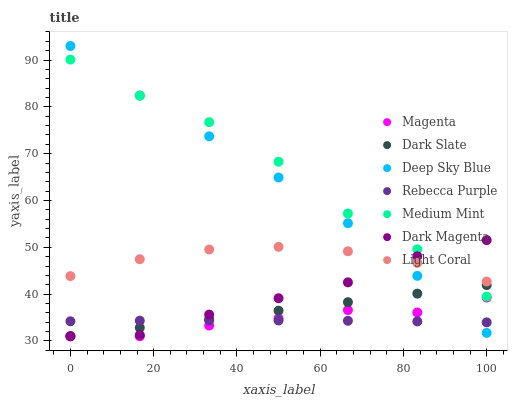
| xaxis_label | Magenta | Dark Slate | Deep Sky Blue | Rebecca Purple | Medium Mint | Dark Magenta | Light Coral |
 | --- | --- | --- | --- | --- | --- | --- | --- |
 | 0 | 31 | 31 | 93 | 34.2 | 90.1 | 31 | 43.8 |
 | 16.7 | 31 | 32.8 | 82.4 | 34.3 | 82.4 | 31.3 | 47.5 |
 | 33.3 | 33.3 | 34.6 | 73.7 | 34.4 | 76.7 | 35.6 | 49.5 |
 | 50 | 34.8 | 36.5 | 64.9 | 34.4 | 68.3 | 39.1 | 50.1 |
 | 66.7 | 36.6 | 38.3 | 55.1 | 34.3 | 57.2 | 42.5 | 49.1 |
 | 83.3 | 36.1 | 40.1 | 43.9 | 34.2 | 49.6 | 48.1 | 46.7 |
 | 100 | 39.3 | 41.9 | 31.7 | 34 | 39.5 | 51.5 | 42.7 |